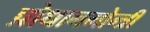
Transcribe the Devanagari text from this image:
प्रोधानमोन्त्री